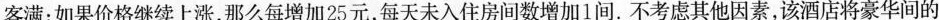
都客满；如果价格继续上涨，那么每增加25元，每天未入住房间数增加1间.不考虑其他因素，该酒店将豪华间的